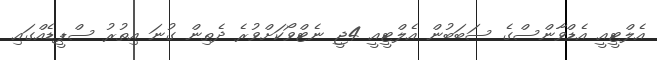
އެލްޓީއީ އެޑްވާންސްގެ ސަބަބުން އެލްޓީއީ 4ޖީ ނެޓްވޯކަށްވުރެ ދެތިން ގުނަ އިތުރު ސްޕީޑެއްގައި